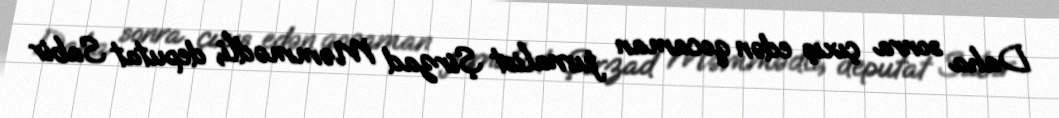
Daha sonra çıxış edən qocaman jurnalist Şirzad Məmmədli, deputat Sabir